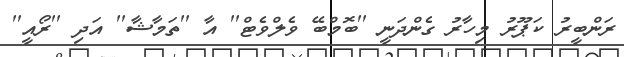
ރަންބީރު ކަޕޫރު މިހާރު ގެންދަނީ ''ބޮމްބޭ ވެލްވެޓް'' އާ ''ތަމާޝާ'' އަދި ''ރޯއީ''